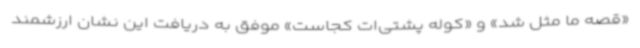
«قصه ما مثل شد» و «کوله پشتی‌ات کجاست» موفق به دریافت این نشان ارزشمند